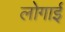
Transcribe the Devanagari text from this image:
लोगाई